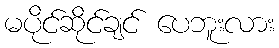
မပိုင်ဆိုင်ချင် ပေဘူးလား